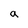
Character: a